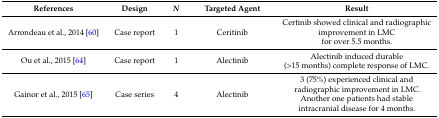
| References | Design | N | Targeted Agent | Result |
 | --- | --- | --- | --- | --- |
 | Arrondeau et al., 2014 [60] | Case report | 1 | Ceritinib | Certinib showed clinical and radiographic improvement in LMC for over 5.5 months. |
 | Ou et al., 2015 [64] | Case report | 1 | Alectinib | Alectinib induced durable (>15 months) complete response of LMC. |
 | Gainor et al., 2015 [65] | Case series | 4 | Alectinib | 3 (75%) experienced clinical and radiographic improvement in LMC. Another one patients had stable intracranial disease for 4 months. |